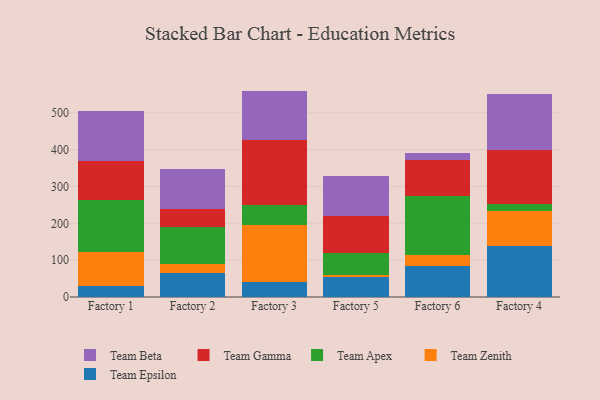
{"axis": {"x": "Factory", "y": "Energy Usage (MWh)"}, "legend": ["Team Apex", "Team Beta", "Team Epsilon", "Team Gamma", "Team Zenith"], "data": [{"x": "Factory 1", "y": 29.0, "type": "Team Epsilon"}, {"x": "Factory 1", "y": 93.5, "type": "Team Zenith"}, {"x": "Factory 1", "y": 141.4, "type": "Team Apex"}, {"x": "Factory 1", "y": 105.7, "type": "Team Gamma"}, {"x": "Factory 1", "y": 134.6, "type": "Team Beta"}, {"x": "Factory 2", "y": 65.9, "type": "Team Epsilon"}, {"x": "Factory 2", "y": 23.9, "type": "Team Zenith"}, {"x": "Factory 2", "y": 101.2, "type": "Team Apex"}, {"x": "Factory 2", "y": 48.9, "type": "Team Gamma"}, {"x": "Factory 2", "y": 108.6, "type": "Team Beta"}, {"x": "Factory 3", "y": 39.8, "type": "Team Epsilon"}, {"x": "Factory 3", "y": 155.7, "type": "Team Zenith"}, {"x": "Factory 3", "y": 54.4, "type": "Team Apex"}, {"x": "Factory 3", "y": 176.3, "type": "Team Gamma"}, {"x": "Factory 3", "y": 133.4, "type": "Team Beta"}, {"x": "Factory 5", "y": 54.5, "type": "Team Epsilon"}, {"x": "Factory 5", "y": 5.5, "type": "Team Zenith"}, {"x": "Factory 5", "y": 59.8, "type": "Team Apex"}, {"x": "Factory 5", "y": 101.0, "type": "Team Gamma"}, {"x": "Factory 5", "y": 108.5, "type": "Team Beta"}, {"x": "Factory 6", "y": 83.6, "type": "Team Epsilon"}, {"x": "Factory 6", "y": 31.6, "type": "Team Zenith"}, {"x": "Factory 6", "y": 159.0, "type": "Team Apex"}, {"x": "Factory 6", "y": 98.9, "type": "Team Gamma"}, {"x": "Factory 6", "y": 18.2, "type": "Team Beta"}, {"x": "Factory 4", "y": 139.3, "type": "Team Epsilon"}, {"x": "Factory 4", "y": 95.2, "type": "Team Zenith"}, {"x": "Factory 4", "y": 18.9, "type": "Team Apex"}, {"x": "Factory 4", "y": 146.8, "type": "Team Gamma"}, {"x": "Factory 4", "y": 151.6, "type": "Team Beta"}]}